Vaccine operations Central Provinces & Berar 1922-1929 - 1922-1929
Year: 1922
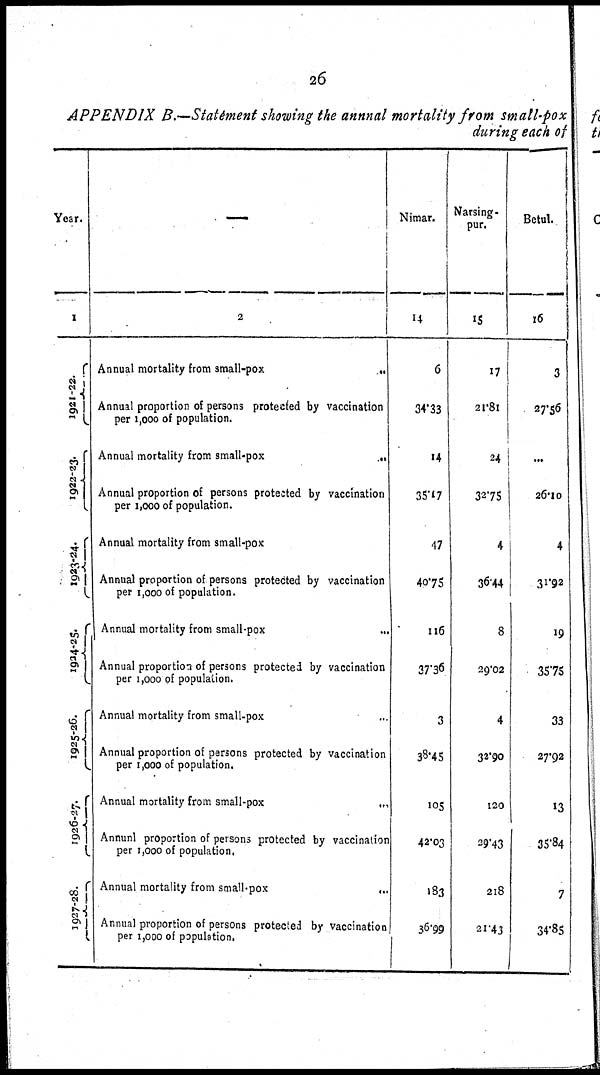
26
APPENDIX B.—Statement showing the annual mortality from small-pox
during each of
Year.
1
1921-22.
1922-23.
1923-24.
1924-25.
1925-26.
1926-27.
1927-28.
—
2
Annual mortality from small-pox
..
Annual proportion of persons protected by vaccination
per 1,000 of population.
Annual mortality from small-pox
..
Annual proportion of persons protected by vaccination
per 1,000 of population.
Annual mortality from small-pox
Annual proportion of persons protected by vaccination
per 1,000 of population.
Annual mortality from small-pox
...
Annual proportion of persons protected by vaccination
per 1,000 of population.
Annual mortality from small-pox ..
Annual proportion of persons protected by vaccination
per 1,000 of population.
Annual mortality from small-pox
...
Annual proportion of persons protected by vaccination
per 1,000 of population.
Annual mortality from small-pox
...
Annual proportion of persons protected by vaccination
per 1,000 of population.
Nimar.
14
6
34.33
14
35.17
47
40.75
116
37.36
3
38.45
105
42.03
183
36.99
Narsing¬
pur.
15
17
21.81
24
32.75
4
36.44
8
29.02
4
32.90
120
29.43
218
21.43
Betul.
16
3
27.56
...
26.10
4
31.92
19
35.75
33
27.92
13
35.84
7
34.85